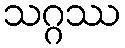
သဂ္ဂဿ